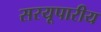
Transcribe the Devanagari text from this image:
सरयूपारीय